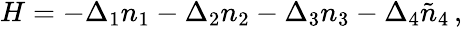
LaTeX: \begin{array}{r}{H=-\Delta_{1}n_{1}-\Delta_{2}n_{2}-\Delta_{3}n_{3}-\Delta_{4}\tilde{n}_{4}\, ,}\end{array}